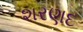
શરણદ